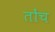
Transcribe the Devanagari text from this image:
तोंच